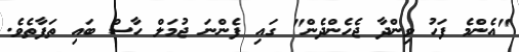
"އެންމެ ފަހު ވިންދާ ޖެހެންދެން" ގައި ފެންނަ ޖުމަލް ހާސް ބައި ތަފާތެވެ.